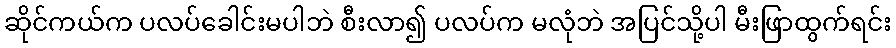
ဆိုင်ကယ်က ပလပ်ခေါင်းမပါဘဲ စီးလာ၍ ပလပ်က မလုံဘဲ အပြင်သို့ပါ မီးဖြာထွက်ရင်း